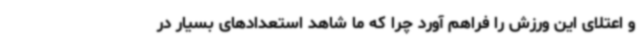
و اعتلای این ورزش را فراهم آورد چرا که ما شاهد استعدادهای بسیار در